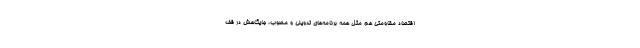
اقتصاد مقاومتی هم مثل همه برنامه‌های تدوینی و مصوب، جایگاهش در قف